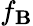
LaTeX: f_{\mathbf{B}}